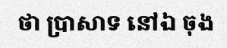
ថា ប្រាសាទ នៅឯ ចុង